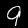
Label: 9